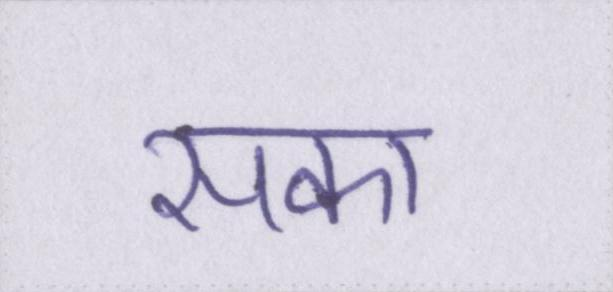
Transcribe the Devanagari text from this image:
सका